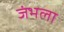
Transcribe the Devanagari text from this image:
जंभला